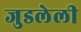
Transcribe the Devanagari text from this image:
जुडलेली